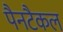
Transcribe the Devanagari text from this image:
पैनटैकल